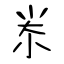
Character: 尜